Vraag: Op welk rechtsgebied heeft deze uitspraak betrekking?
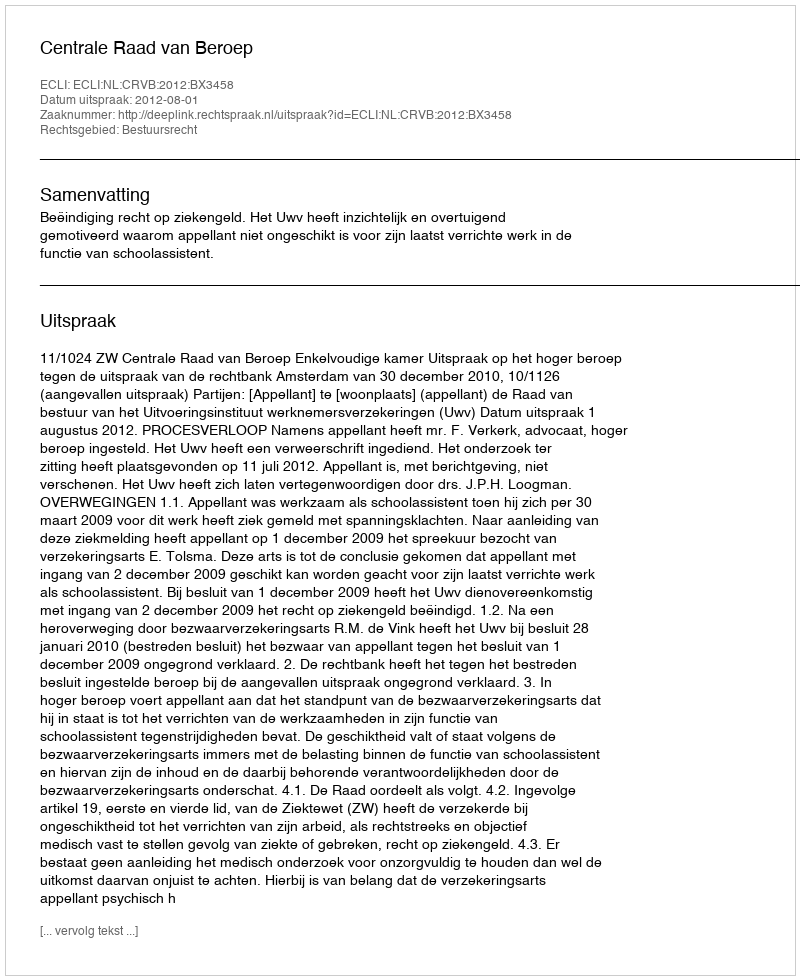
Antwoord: Bestuursrecht